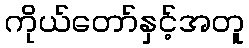
ကိုယ်တော်နှင့်အတူ